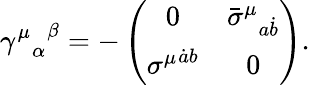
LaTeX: {{\gamma^{\mu}}_{\alpha}}^{\beta}=-\left(\begin{array}{cc}{{0}}&{{{{\bar{\sigma}}^{\mu}}_{a\dot{b}}}}\\ {{{\sigma^{\mu}}^{\dot{a}b}}}&{{0}}\end{array}\right).